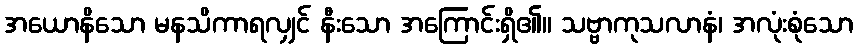
အယောနိသော မနသိကာရလျှင် နီးသော အကြောင်းရှိ၏။ သဗ္ဗာကုသလာနံ၊ အလုံးစုံသော